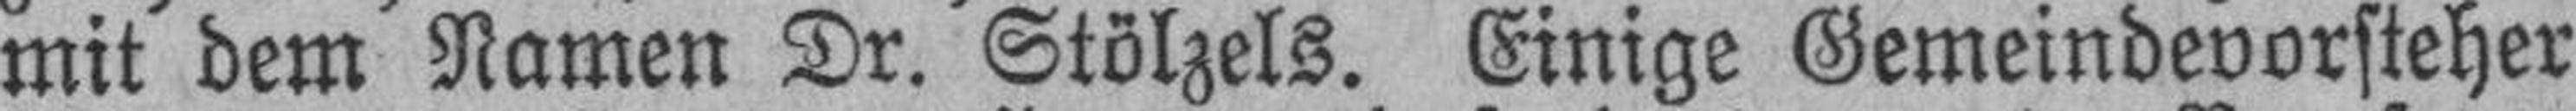
mit dem Namen Dr. Stölzels. Einige Gemeindevorsteher